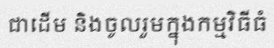
ជាដើម និងចូលរួមក្នុងកម្មវិធីធំ